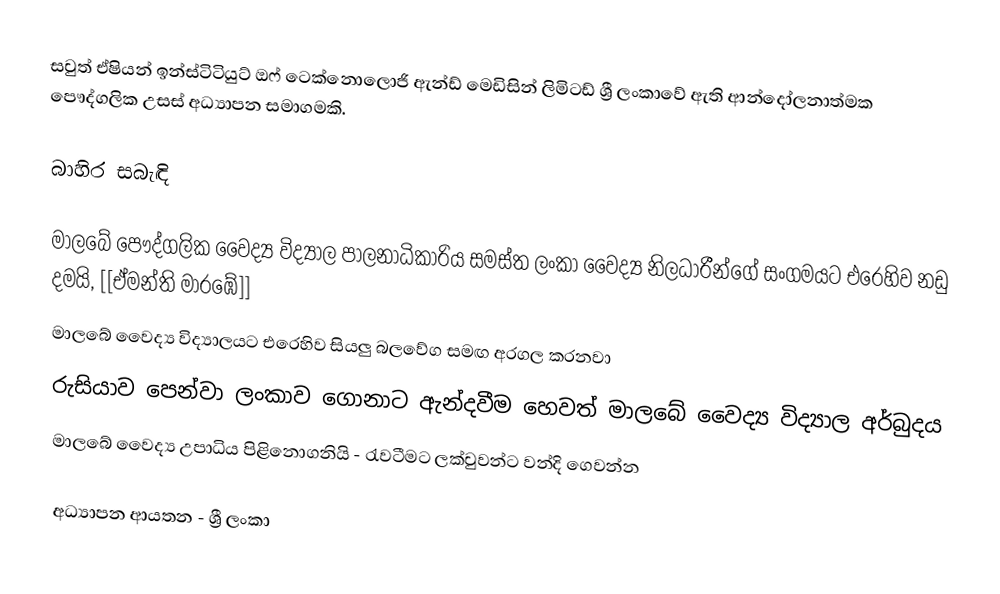
සවුත් ඒෂියන් ඉන්ස්ටිටියුට් ඔෆ් ටෙක්නොලොජි ඇන්ඩ් මෙඩිසින් ලිමිටඩ් ශ්‍රී ලංකාවේ ඇති ආන්දෝලනාත්මක පෞද්ගලික උසස් අධ්‍යාපන සමාගමකි.

බාහිර සබැඳි

 මාලබේ පෞද්ගලික වෛද්‍ය විද්‍යාල පාලනාධිකාරිය සමස්‌ත ලංකා වෛද්‍ය නිලධාරීන්ගේ සංගමයට එරෙහිව නඩු දමයි, [[ඒමන්ති මාරඹේ]]
 මාලබේ වෛද්‍ය විද්‍යාලයට එරෙහිව සියලු බලවේග සමඟ අරගල කරනවා
 රුසියාව පෙන්වා ලංකාව ගොනාට ඇන්දවීම හෙවත් මාලබේ වෛද්‍ය විද්‍යාල අර්බුදය
 මාලබේ වෛද්‍ය උපාධිය පිළිනොගනියි - රැවටීමට ලක්වුවන්ට වන්දි ගෙවන්න

අධ්‍යාපන ආයතන - ශ්‍රී ලංකා